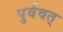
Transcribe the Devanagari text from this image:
पुर्ववत्